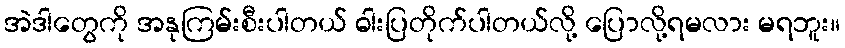
အဲဒါတွေကို အနုကြမ်းစီးပါတယ် ဓါးပြတိုက်ပါတယ်လို့ ပြောလို့ရမလား မရဘူး။